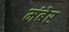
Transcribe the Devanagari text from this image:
मंबेर